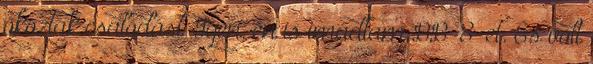
okoztak csalódást. Igen, én is imádtam BB-8-et. És volt